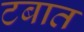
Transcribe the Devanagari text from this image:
टबात